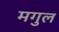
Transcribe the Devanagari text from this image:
मगुल